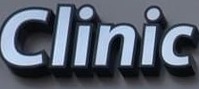
Clinic